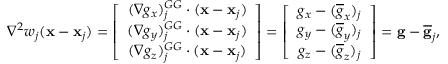
\begin{array} { r } { { \nabla } ^ { 2 } w _ { j } ( { \bf x } - { \bf x } _ { j } ) = \left[ \begin{array} { c } { ( \nabla { g } _ { x } ) _ { j } ^ { G G } \cdot ( { \bf x } - { \bf x } _ { j } ) } \\ { ( \nabla { g } _ { y } ) _ { j } ^ { G G } \cdot ( { \bf x } - { \bf x } _ { j } ) } \\ { ( \nabla { g } _ { z } ) _ { j } ^ { G G } \cdot ( { \bf x } - { \bf x } _ { j } ) } \end{array} \right] = \left[ \begin{array} { c } { \displaystyle { g } _ { x } - ( \overline { { g } } _ { x } ) _ { j } } \\ { \displaystyle { g } _ { y } - ( \overline { { g } } _ { y } ) _ { j } } \\ { \displaystyle { g } _ { z } - ( \overline { { g } } _ { z } ) _ { j } } \end{array} \right] = { \bf g } - \overline { { \bf g } } _ { j } , } \end{array}